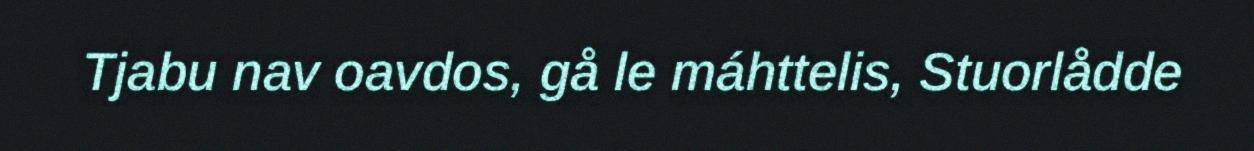
Tjabu nav oavdos, gå le máhttelis, Stuorlådde